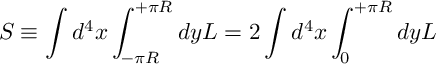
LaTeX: S \equiv \int d ^ { 4 } x \int _ { - \pi R } ^ { + \pi R } d y { \cal L } = 2 \int d ^ { 4 } x \int _ { 0 } ^ { + \pi R } d y { \cal L }